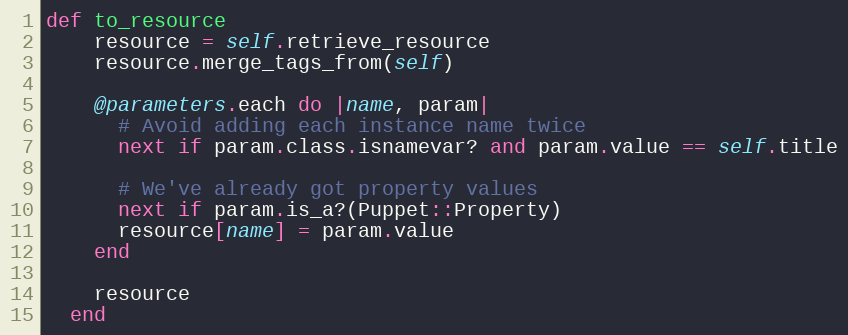
Language: Ruby
def to_resource
    resource = self.retrieve_resource
    resource.merge_tags_from(self)

    @parameters.each do |name, param|
      # Avoid adding each instance name twice
      next if param.class.isnamevar? and param.value == self.title

      # We've already got property values
      next if param.is_a?(Puppet::Property)
      resource[name] = param.value
    end

    resource
  end